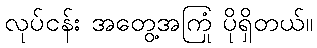
လုပ်ငန်း အတွေ့အကြုံ ပိုရှိတယ်။